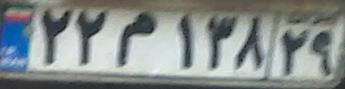
۲۲م۱۳۸۲۹